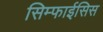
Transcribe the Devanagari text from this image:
सिम्फाईसिस